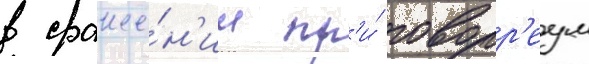
в сраже́н'ии пр'и́ горр'еум